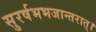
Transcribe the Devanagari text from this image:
सुरर्षभभजान्तरात्।